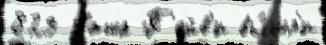
829 Таша П'ейв'и вы́шл'и